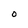
Character: O